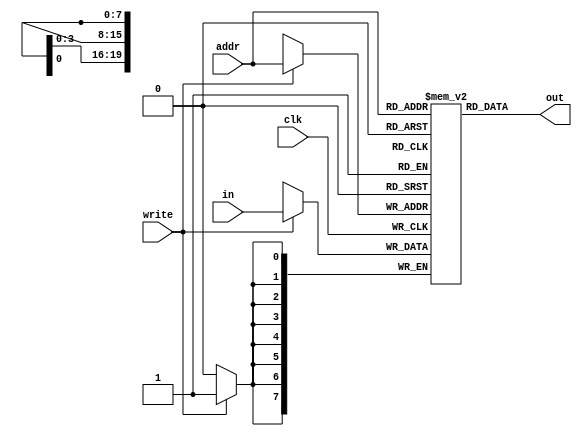
module memory #(parameter DATAWIDTH=8, parameter ADDRWIDTH=20)(
  input clk, write,
  input [ADDRWIDTH-1:0] addr,
  input [DATAWIDTH-1:0] in,
  output wire [DATAWIDTH-1:0] out
);

  // Memory
  reg [DATAWIDTH-1:0] mem[0:(2**ADDRWIDTH)-1];

  // Async Read
  assign out = mem[addr];

  // Sync Write
  always @(posedge clk) begin
    if (write) mem[addr] <= in; // write to memory
  end

endmodule